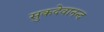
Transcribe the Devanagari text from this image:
सुकदेवानन्द